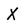
Character: x